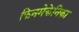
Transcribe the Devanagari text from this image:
फिनमेकेनिका